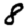
Digit: 8